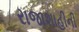
રાજાશાહીની